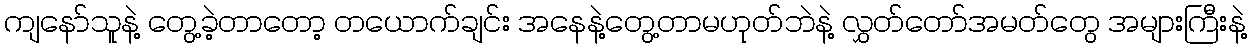
ကျနော်သူနဲ့ တွေ့ခဲ့တာတော့ တယောက်ချင်း အနေနဲ့တွေ့တာမဟုတ်ဘဲနဲ့ လွှတ်တော်အမတ်တွေ အများကြီးနဲ့